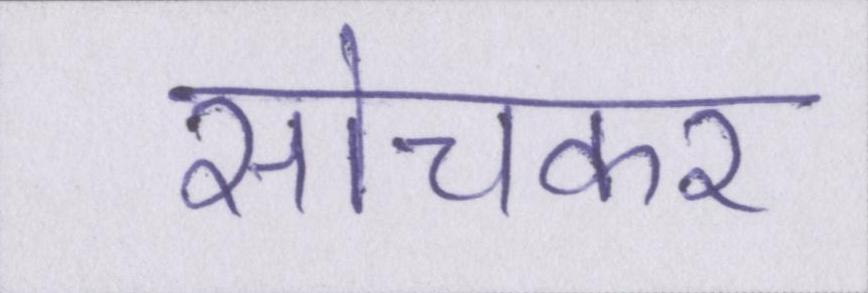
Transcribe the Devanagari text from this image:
सोचकर